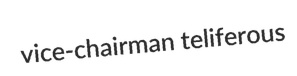
vice-chairman teliferous